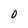
Character: O